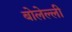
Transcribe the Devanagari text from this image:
बोलेल्ली